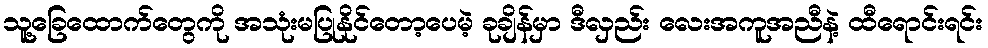
သူ့ခြေထောက်တွေကို အသုံးမပြုနိုင်တော့ပေမဲ့ ခုချိန်မှာ ဒီလှည်း လေးအကူအညီနဲ့ ထီရောင်းရင်း